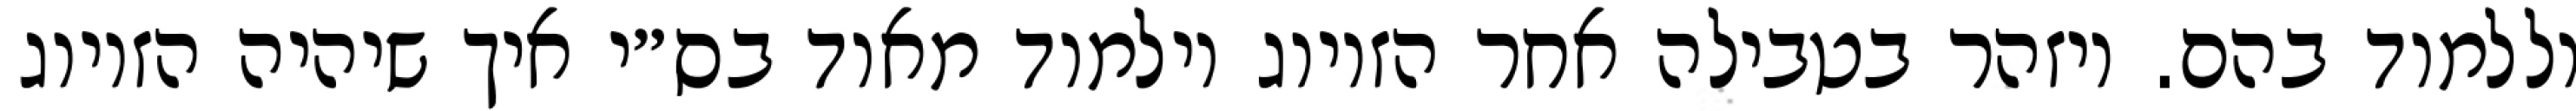
וללמוד בהם. ויזהר בטבילה אחר הזיווג וילמוד מאוד בס״י איך שיהיה הזיווג